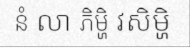
នំ លា ភិម្ហិ វសិម្ហិ